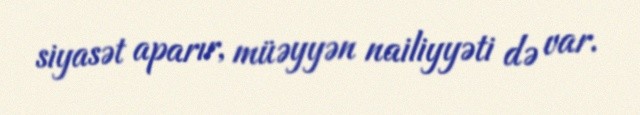
siyasət aparır, müəyyən nailiyyəti də var.